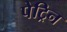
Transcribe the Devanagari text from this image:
पेट्रिन